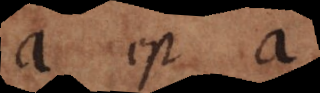
a est a